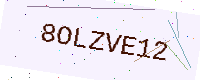
Text: 8OLZVE12